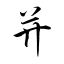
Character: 并